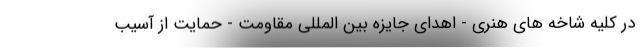
در کلیه شاخه های هنری - اهدای جایزه بین المللی مقاومت - حمایت از آسیب